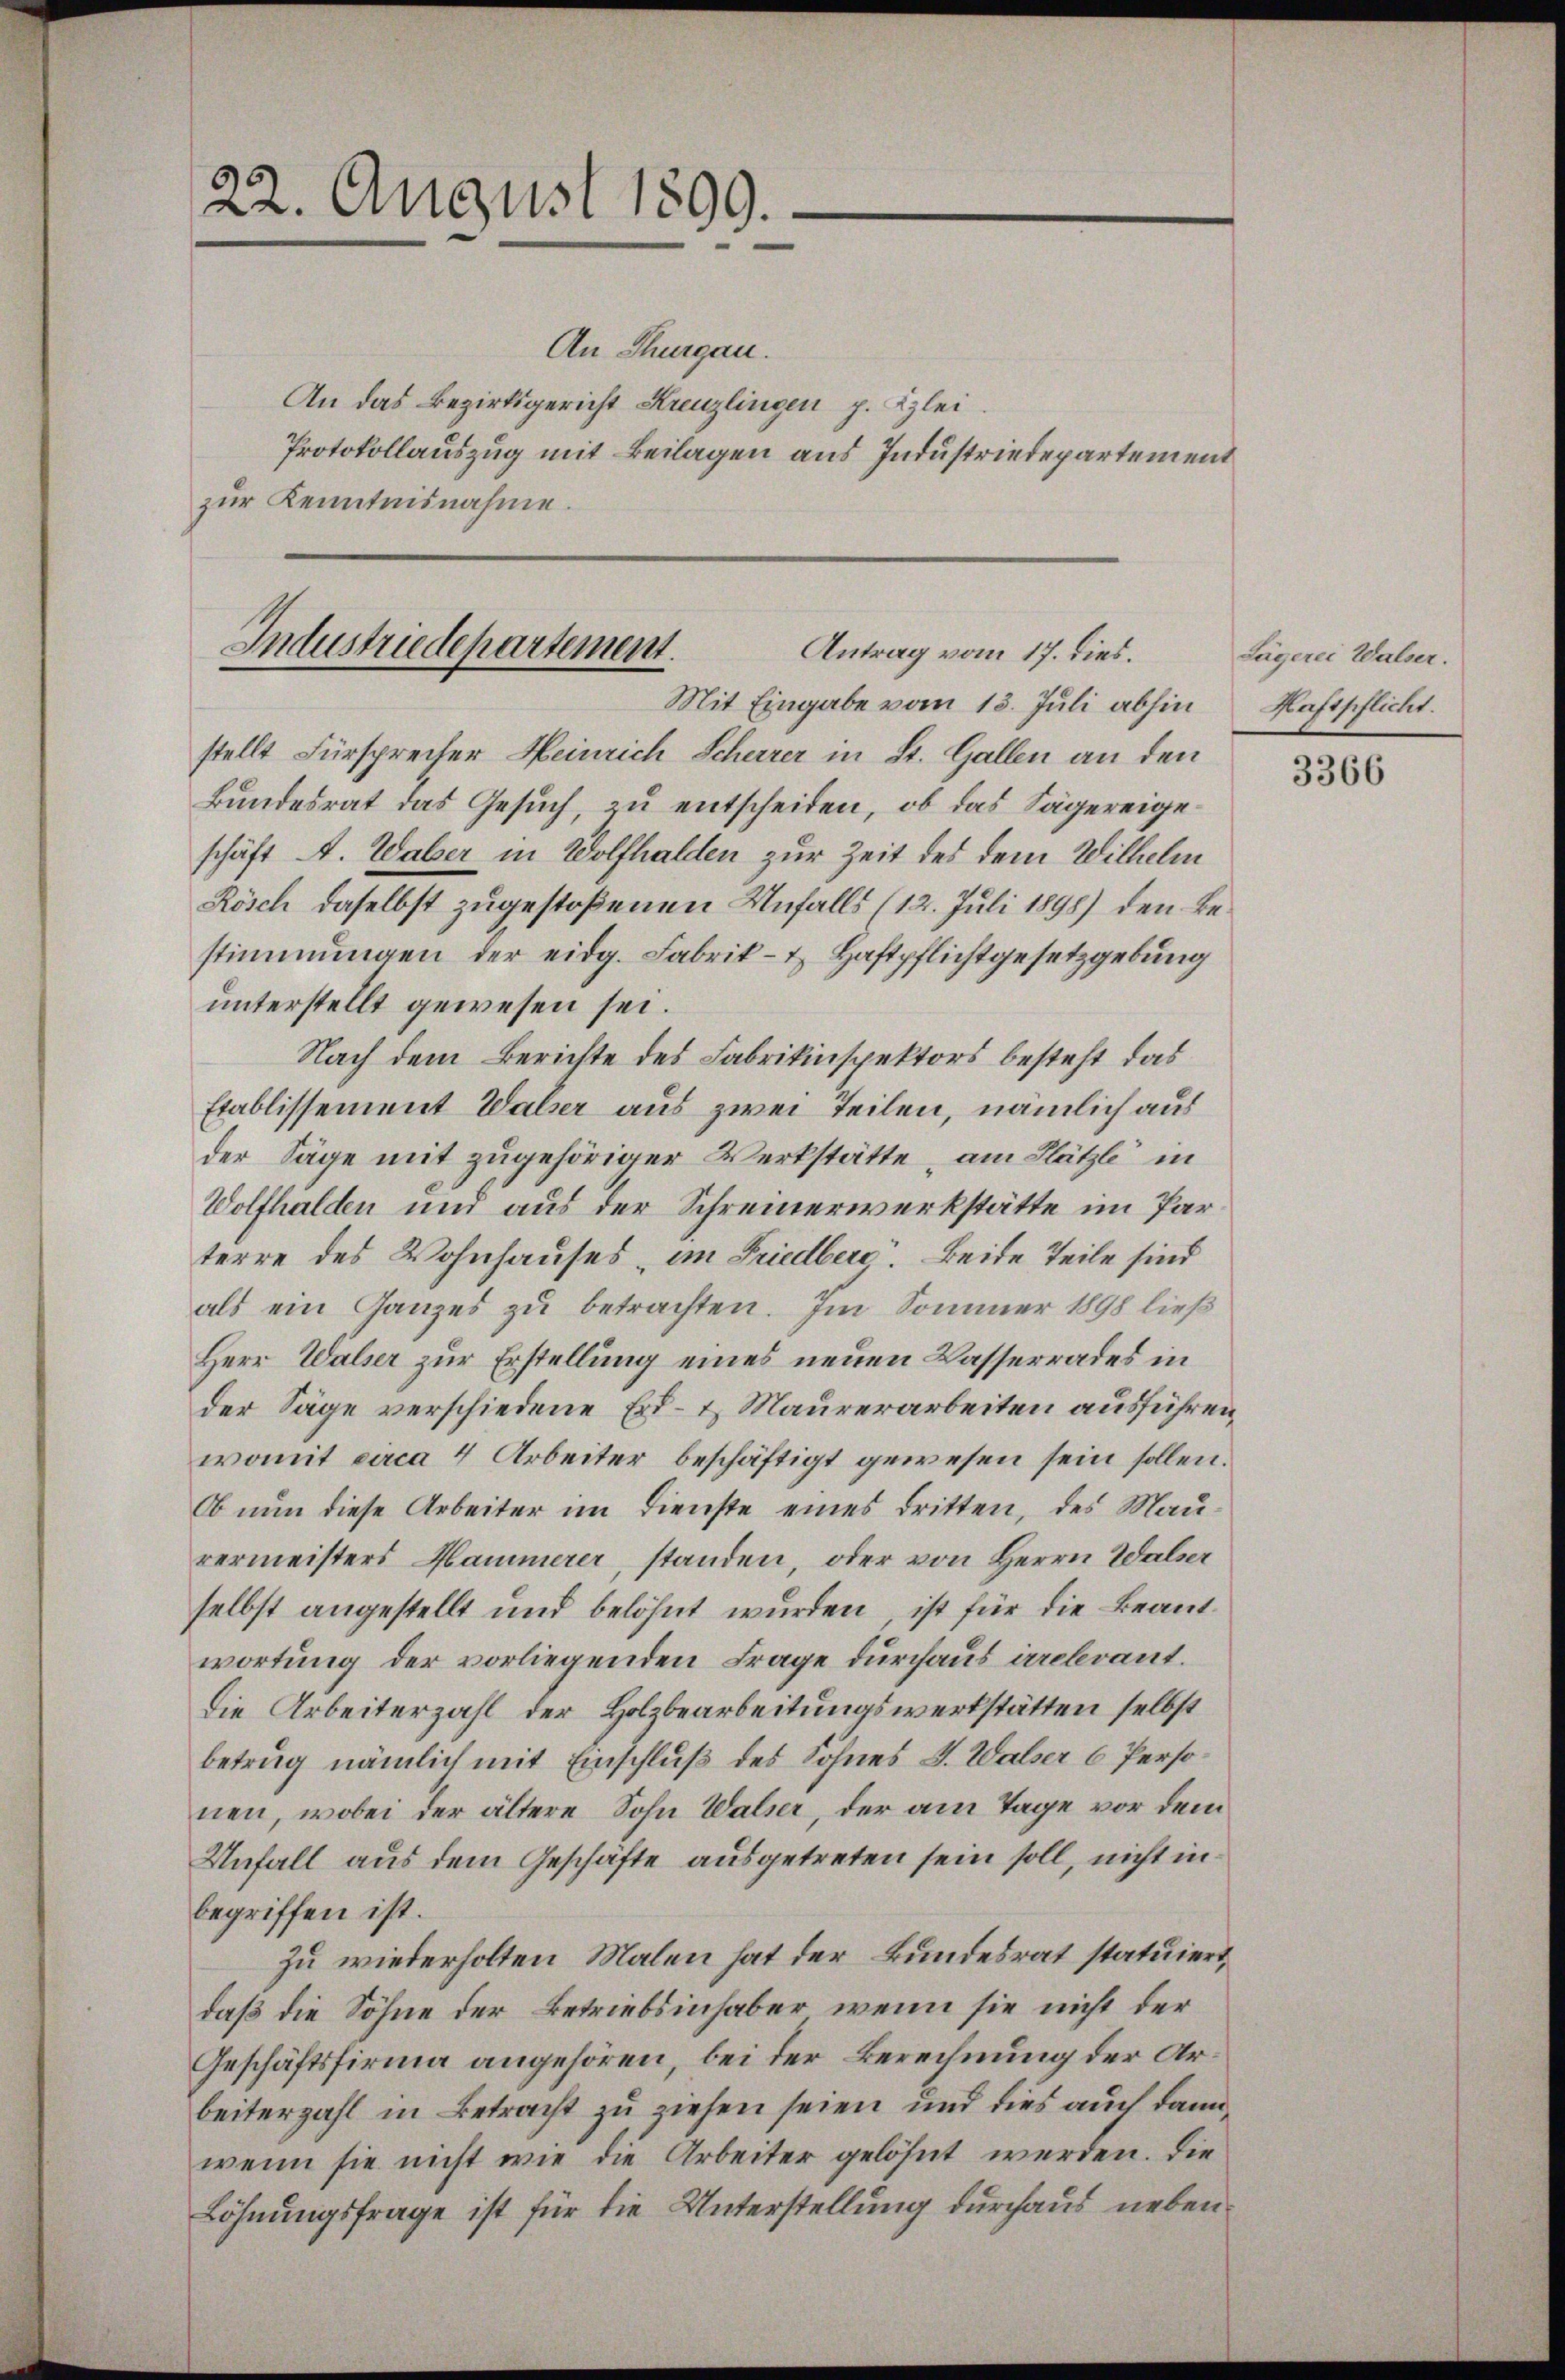
22. August 1899.

An Thurgau.
An das Bezirksgericht Kreuzlingen p. Klei¬
Protokollauszug mit Beilagen aus Industriedepartement
zur Kenntnisnahme.

Industriedepartement.
Antrag vom 17. dies.
Mit Eingabe vom 13. Juli abhin

stellt Fürsprecher Heinrich Scherer in St. Gallen an den
Bundesrat das Gesuch zu entscheiden, ob das Sägereigeschäft A. Waber in Wolfhalden zur Zeit des dem Wilhelm
Rösch daselbst zugestoßenen Unfalls (12. Juli 1898) den Bestimmungen der eidg. Fabrik- & Haftpflichtgesetzgebung
unterstellt gewesen sei.
Nach dem Berichte des Fabrikinspektors besteht das
Etablissement Walser aus zwei Teilen, nämlich aus
der Säge mit zugehöriger Werkstätte, am Plätze in
Wolfhalden und aus der Schreinerwerkstätte im Parterre des Wohnhauses, im Friedberg. Beide Teile sind
als ein Ganzes zu betrachten. Im Sommer 1898 ließ
Herr Walser zur Erstellung eines neuen Wasserrades in
der Säge verschiedene Erd- & Maurerarbeiten ausführen,
womit circa 4 Arbeiter beschäftigt gewesen sein sollen.
Ob nun diese Arbeiter im Dienste eines dritten, des Maurermeisters Hammerer, standen, oder von Herrn Walser
selbst angestellt und belohnt wurden, ist für die Beantwortung der vorliegenden Frage durchaus irrelevant.
Die Arbeiterzahl der Holzbearbeitungswerkstätten selbst
betrug nämlich mit Einschluß des Sohnes J. Walser 6 Personen, wobei der ältere Sohn Walser, der am Tage vor dem
Unfall aus dem Geschäfte ausgetreten sein soll, nicht in
begriffen ist.
zu wiederholten Malen hat der Bundesrat statuiert,
daß die Söhne der Betriebsinhaber wenn sie nicht der
Geschäftsfirma angehören, bei der Berechnung der Arbeiterzahl in Betracht zu ziehen seien und dies auch dann
wenn sie nicht wie die Arbeiter gelöset werden. Die
Löhnungsfrage ist für die Unterstellung durchaus neben¬

Lägerei Walser.
Haftpflicht.

3366